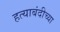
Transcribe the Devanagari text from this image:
हत्याबंदीच्या